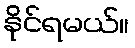
နိုင်ရမယ်။